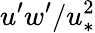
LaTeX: u^{\prime}w^{\prime}/u_{*}^{2}